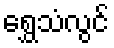
ရွှေသံလွင်